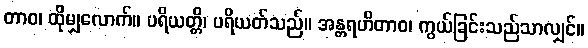
တာဝ၊ ထိုမျှလောက်။ ပရိယတ္တိ၊ ပရိယတ်သည်။ အန္တရဟိတာဝ၊ ကွယ်ခြင်းသည်သာလျှင်။